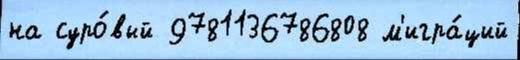
на суро́вый 9781136786808 м'игра́ций